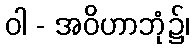
ဝါ - အဝိဟာဘုံ၌၊